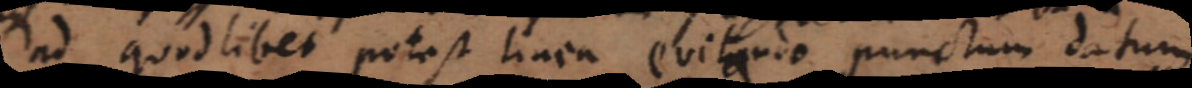
i] potest linea evitando punctum datum.